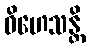
ဝိဟေသန္တိ